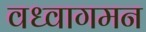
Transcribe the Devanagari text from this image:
वध्वागमन